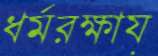
ধর্মরক্ষায়